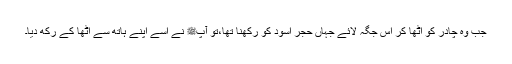
جب وہ چادر کو اٹھا کر اس جگہ لائے جہاں حجر اسود کو رکھنا تھا،تو آپﷺ نے اسے اپنے ہاتھ سے اٹھا کے رکھ دیا۔